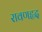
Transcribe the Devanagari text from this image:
रावणहृद